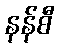
နန်စီ